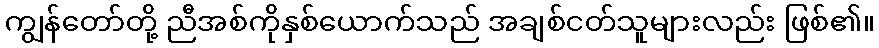
ကျွန်တော်တို့ ညီအစ်ကိုနှစ်ယောက်သည် အချစ်ငတ်သူများလည်း ဖြစ်၏။